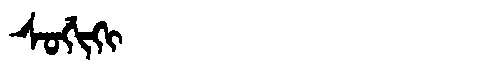
Manchu: ᠰᠣᡤᡳᡴᡳ
Romanization: SOGIKI